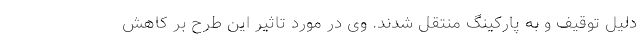
دلیل توقیف و به پارکینگ‌ منتقل شدند. وی در مورد تاثیر این طرح بر کاهش